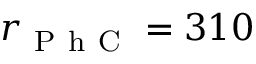
r _ { \mathrm { ~ P ~ h ~ C ~ } } = 3 1 0